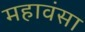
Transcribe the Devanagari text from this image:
महावंसा